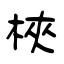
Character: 梜